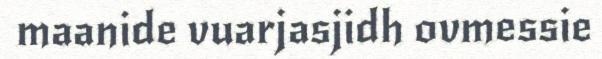
maanide vuarjasjidh ovmessie